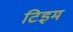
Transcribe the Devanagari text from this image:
टिइम